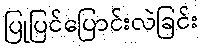
ပြုပြင်ပြောင်းလဲခြင်း